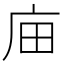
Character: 𢇶